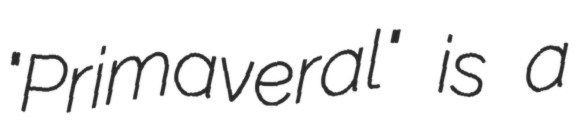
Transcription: "Primaveral" is a